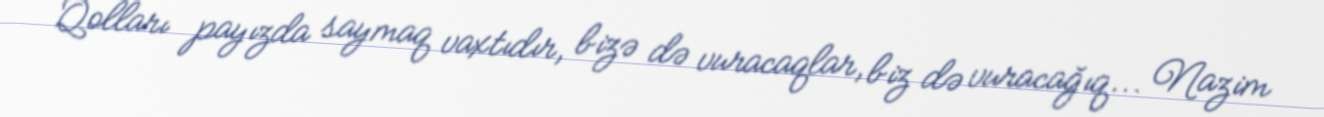
Qolları payızda saymaq vaxtıdır, bizə də vuracaqlar, biz də vuracağıq... Nazim